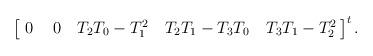
LaTeX: \begin{align*} \begin{bmatrix} \,\,0 \,&\, 0\, & T_2 T_0 - T_1^2 &\, T_2 T_1- T_3 T_0 &\, T_3 T_1 - T_2^2\, \end{bmatrix}^t.\end{align*}